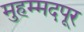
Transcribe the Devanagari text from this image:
मुहम्मदपूर